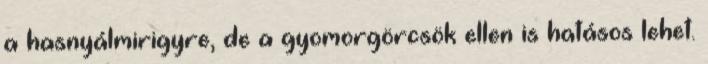
a hasnyálmirigyre, de a gyomorgörcsök ellen is hatásos lehet.